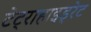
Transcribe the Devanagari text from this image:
टेट्राहाइड्रेट